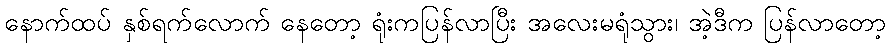
နောက်ထပ် နှစ်ရက်လောက် နေတော့ ရုံးကပြန်လာပြီး အလေးမရုံသွား၊ အဲ့ဒီက ပြန်လာတော့